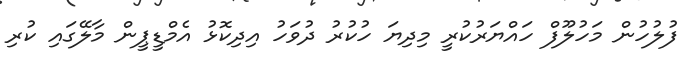
ފުލުހުން މަހުލޫފް ހައްޔަރުކުރީ މިދިޔަ ހުކުރު ދުވަހު އިދިކޮޅު އެމްޑީޕީން މާލޭގައި ކުރި